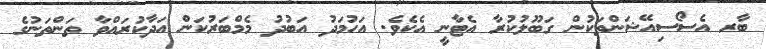
ބާރ އެސޯސިއޭޝަންތަކުން ގަބޫލުކުރާ އެޓާނީ އެކެވެ. އަހުމަދު އަބުދު މެމްބަރުކަން އަދާކުރައްވާ ތަންތަނުގެ